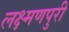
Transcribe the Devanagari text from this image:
लक्ष्मणपुरी